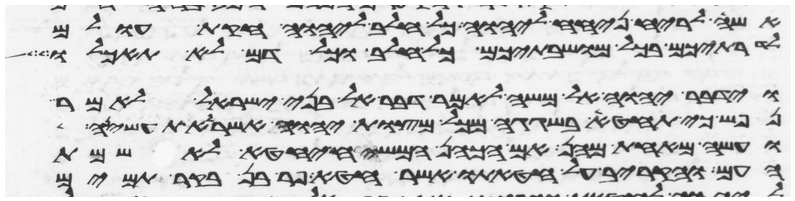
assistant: אשה לריח ניחח ליהוה כל חלב ליהוה חקת עולם
לדרתיכם בכל מושבתיכם כל חלב וכל דם לא תאכלו
וידבר יהוה אל משה לאמר דבר אל בני ישראל לאמר
נפש כי תחטא בשגגה מכל מצות יהוה אשר לא תעשיהן
ועשה מאחת מהן אם הכהן המשיח יחטא לאשמת
העם והקריב על חטאתו אשר חטא פר בן בקר תמים